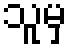
သူမှ